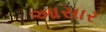
આસાર